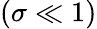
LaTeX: (\sigma\ll 1)